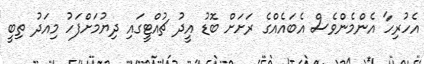
އެހުރިހާ އެންމެންވެސް އެބައެއްގެ ރަށަށް ބޮޑު އީދު ޗުއްޓީގައި ދިޔުމަށްފަހު މިއަދު ތިބީ